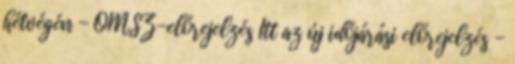
hétvégén - OMSZ-előrejelzés Itt az új időjárási előrejelzés -